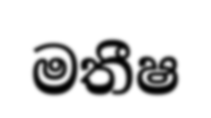
මතීෂ